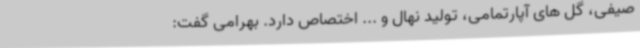
صیفی، گل های آپارتمامی، تولید نهال و ... اختصاص دارد. بهرامی گفت: